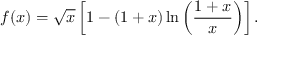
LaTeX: f ( x ) = \sqrt { x } \left[ 1 - \left( 1 + x \right) \mathrm { l n } \left( \frac { 1 + x } { x } \right) \right] .